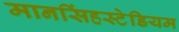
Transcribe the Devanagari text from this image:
मानसिंहस्टेडियम